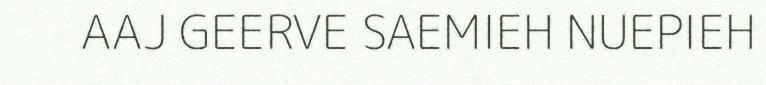
AAJ GEERVE SAEMIEH NUEPIEH